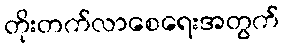
တိုးတက်လာစေရေးအတွက်